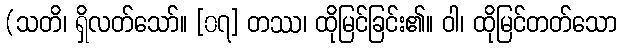
(သတိ၊ ရှိလတ်သော်။ [၀၇] တဿ၊ ထိုမြင်ခြင်း၏။ ဝါ၊ ထိုမြင်တတ်သော